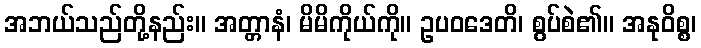
အဘယ်သည်တို့နည်း။ အတ္တာနံ၊ မိမိကိုယ်ကို။ ဥပဝဒေတိ၊ စွပ်စဲ၏။ အနုဝိစ္စ၊